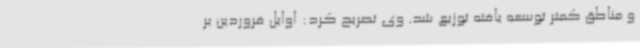
و مناطق کمتر توسعه یافته توزیع شد. وی تصریح کرد: اوایل فروردین بر